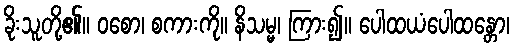
ခိုးသူတို့၏။ ဝစော၊ စကားကို။ နိသမ္မ၊ ကြား၍။ ပေါထယံပေါထန္တော၊